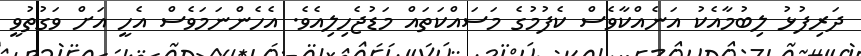
ދަރިފުޅު ލިބުމާއެކު އަނެއްކާވެސް ކެފުމުގެ މަސައްކަތައް މަޑުޖެހިލިއެވެ. އެހެންނަމަވެސް އެހީ އަށް ވަގުތުވީ